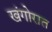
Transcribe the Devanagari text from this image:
खंगोरात